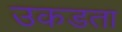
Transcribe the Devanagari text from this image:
उकडता